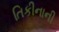
તિકીનાની